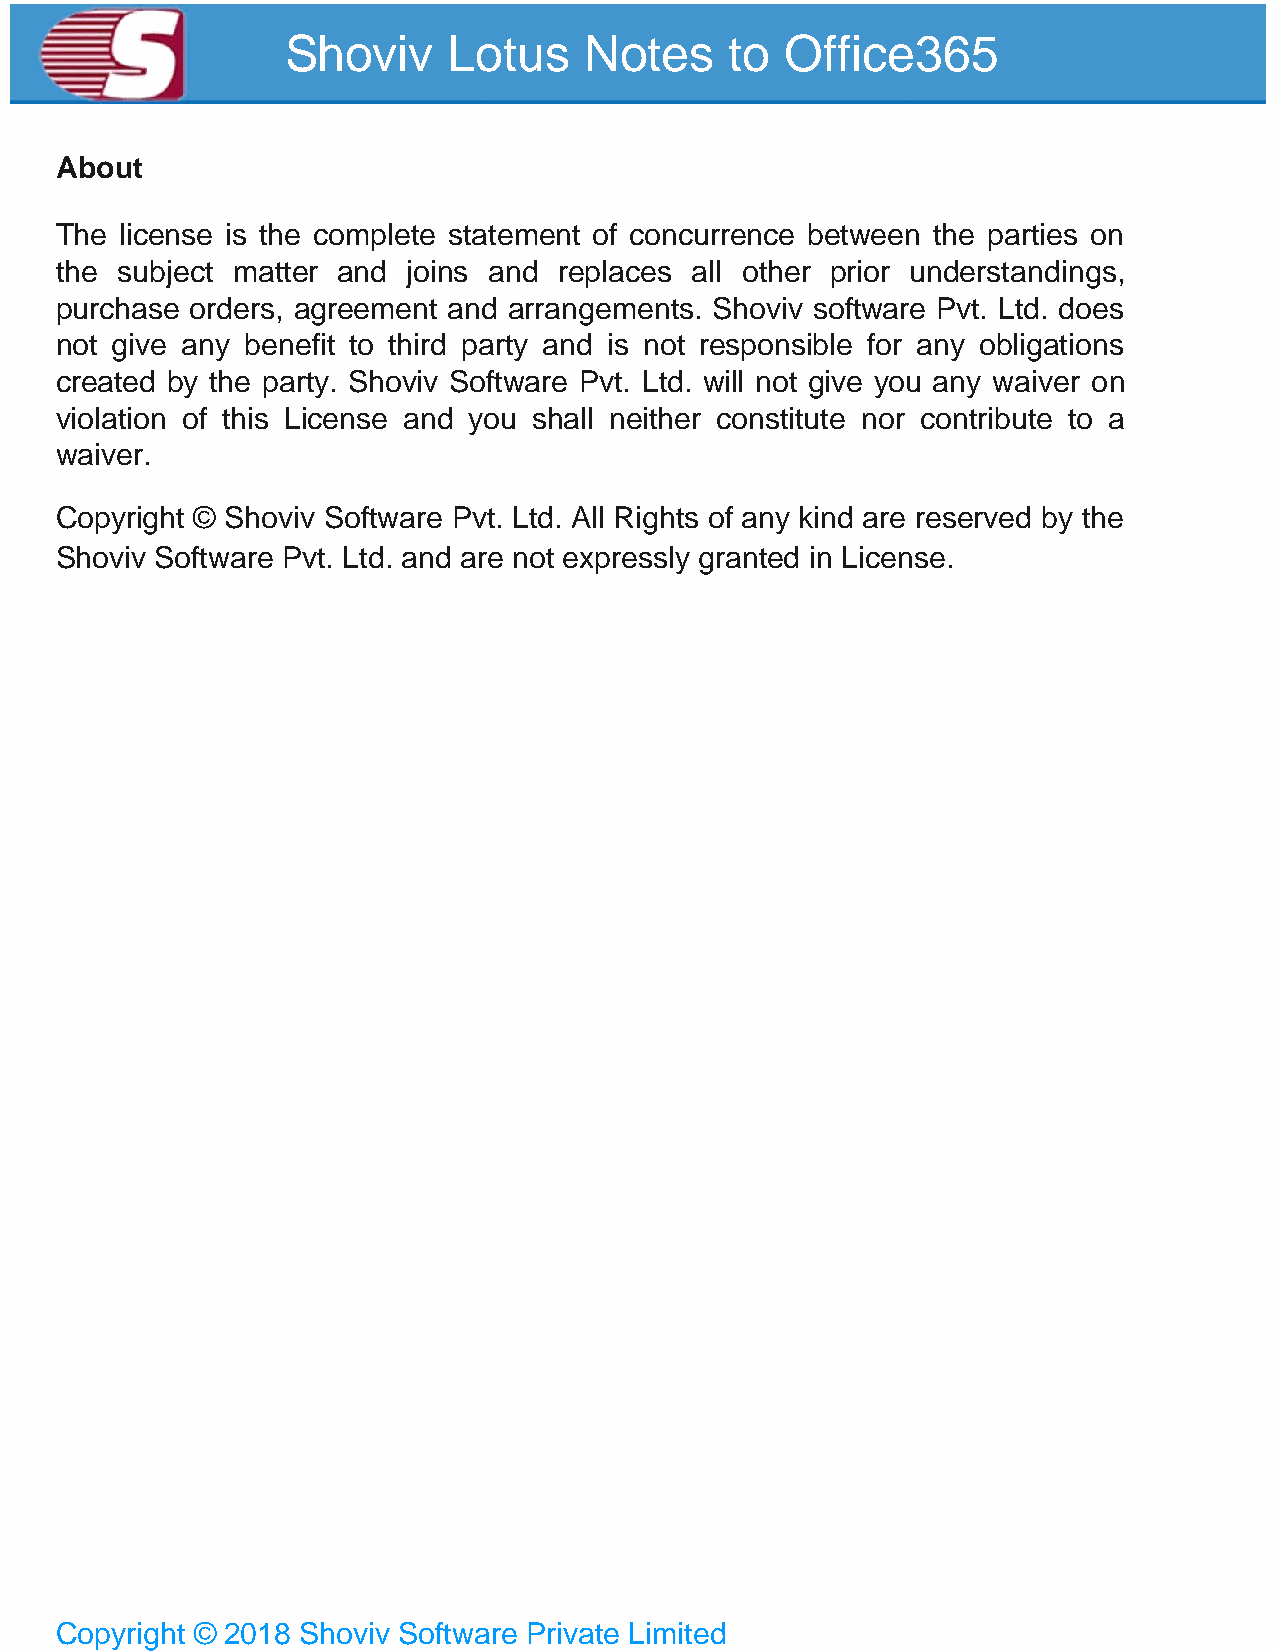
Shoviv     Lotus    Notes    to  Office365
 About
 The license is the complete statement of concurrence between the parties on
 the subject matter and joins and replaces all other prior understandings,
 purchase orders, agreement and arrangements. Shoviv software Pvt. Ltd. does
 not give any benefit to third party and is not responsible for any obligations
 created by the party. Shoviv Software Pvt. Ltd. will not give you any waiver on
 violation of this License and you shall neither constitute nor contribute to a
 waiver.
 Copyright © Shoviv Software Pvt. Ltd. All Rights of any kind are reserved by the
 Shoviv Software Pvt. Ltd. and are not expressly granted in License.
 Copyright © 2018 Shoviv Software Private Limited